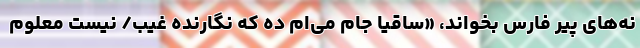
نه‌های پیر فارس بخواند، «ساقیا جام می‌ام ده که نگارنده غیب/ نیست معلوم